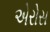
એરોસ